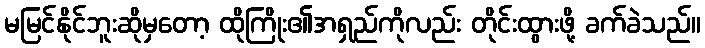
မမြင်နိုင်ဘူးဆိုမှတော့ ထိုကြိုး၏အရှည်ကိုလည်း တိုင်းထွားဖို့ ခက်ခဲသည်။